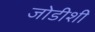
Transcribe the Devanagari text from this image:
जोडीशी